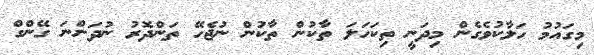
މިގައުމު ހަލާކުވެގެން މިދަނީ ތިކަހަލަ ތާކުން ތާކުން ނުޖެހޭ ތަންދޮރު ނުދަންނަ ގޭންގް